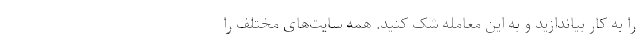
را به کار بیاندازید و به این معامله شک کنید. همه سایت‌های مختلف را